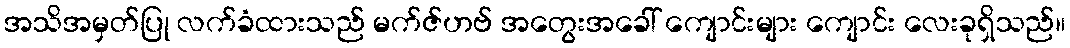
အသိအမှတ်ပြု လက်ခံထားသည် မက်ဇ်ဟဗ် အတွေးအခေါ် ကျောင်းများ ကျောင်း လေးခုရှိသည်။